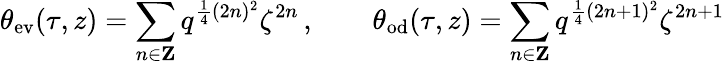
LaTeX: \theta_{\mathrm{ev}}(\tau,z)=\sum_{n\in{\mathbf Z}}q^{\frac{1}{4}(2n)^{2}}\zeta^{2n}\, ,\qquad\theta_{\mathrm{od}}(\tau,z)=\sum_{n\in{\mathbf Z}}q^{\frac{1}{4}(2n+1)^{2}}\zeta^{2n+1}